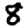
Digit: 8